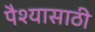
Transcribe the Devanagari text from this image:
पैश्यासाठी